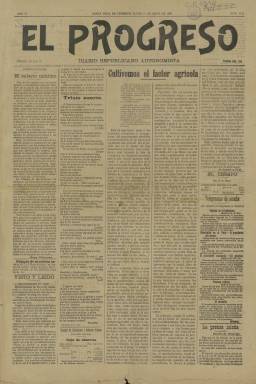
Título: El Progreso (Santa Cruz de Tenerife)
Colección: Periódicos
Ámbito geográfico: Santa Cruz de Tenerife
Lugar de publicación: Santa Cruz de Tenerife
Fechas: 31/05/1909-17/11/1911